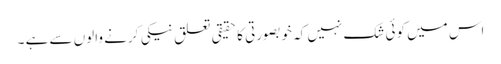
اس میں کوئی شک نہیں کہ خوبصورتی کا حقیقی تعلق نیکی کرنے والوں سے ہے ۔